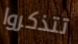
تتذكروا